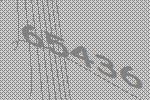
65436